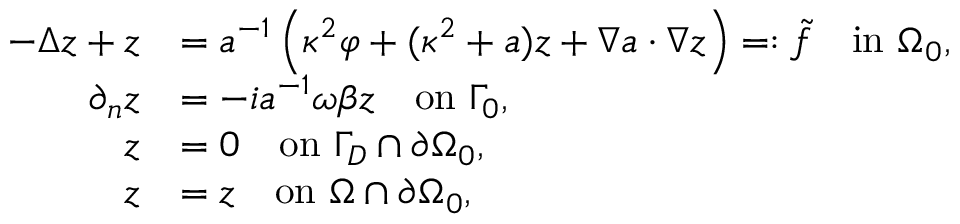
\begin{array} { r l } { - \Delta z + z } & { = a ^ { - 1 } \left( \kappa ^ { 2 } \varphi + ( \kappa ^ { 2 } + a ) z + \nabla a \cdot \nabla z \right) = : \tilde { f } \quad \mathrm { i n ~ } \Omega _ { 0 } , } \\ { \partial _ { n } z } & { = - i a ^ { - 1 } \omega \beta z \quad \mathrm { o n ~ } \Gamma _ { 0 } , } \\ { z } & { = 0 \quad \mathrm { o n ~ } \Gamma _ { D } \cap \partial \Omega _ { 0 } , } \\ { z } & { = z \quad \mathrm { o n ~ } \Omega \cap \partial \Omega _ { 0 } , } \end{array}